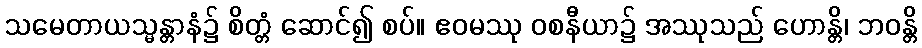
သမေတာယသ္မန္တာနံ၌ စိတ္တံ ဆောင်၍ စပ်။ ဧဝမဿု ဝစနီယာ၌ အဿုသည် ဟောန္တိ၊ ဘဝန္တိ